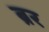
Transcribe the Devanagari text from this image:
ब्रर